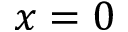
x = 0